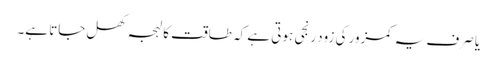
یا صرف یہ کمزور کی زود رنجی ہوتی ہے کہ طاقت کا لہجہ کھل جاتا ہے۔